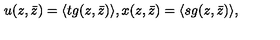
u ( z , \bar { z } ) = \langle t g ( z , \bar { z } ) \rangle , x ( z , \bar { z } ) = \langle s g ( z , \bar { z } ) \rangle ,